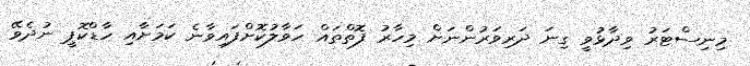
މިނިސްޓަރު ވިދާޅުވީ ގިނަ ދަރިވަރުންނަށް މިހާރު ފޮތްތައް ހަވާލުކޮށްފައިވާނެ ކަމަށާއި ހާޑްކޮޕީ ނުދެވޭ